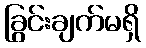
ခြွင်းချက်မရှိ